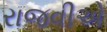
રાજવીએ